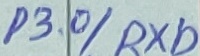
Text: P3.0/RXD